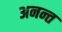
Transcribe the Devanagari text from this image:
अनन्‍त